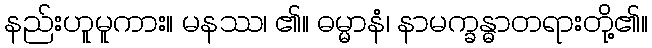
နည်းဟူမူကား။ မနဿ၊ ၏။ ဓမ္မာနံ၊ နာမက္ခန္ဓာတရားတို့၏။